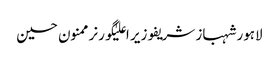
لاہورشہباز شریفوزیر اعلیٰگورنرممنون حسین